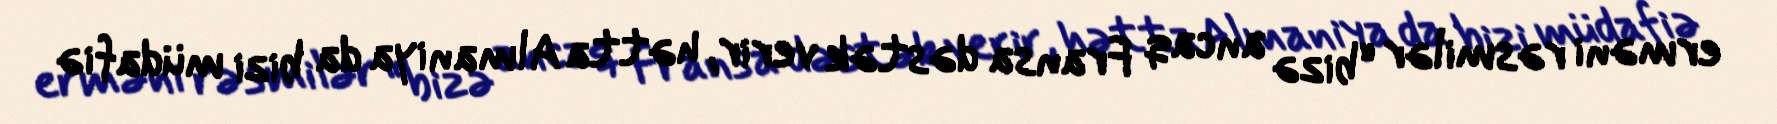
erməni rəsmilər “bizə ancaq Fransa dəstək verir, hətta Almaniya da bizi müdafiə